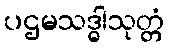
ပဌမသဒ္ဓါသုတ္တံ